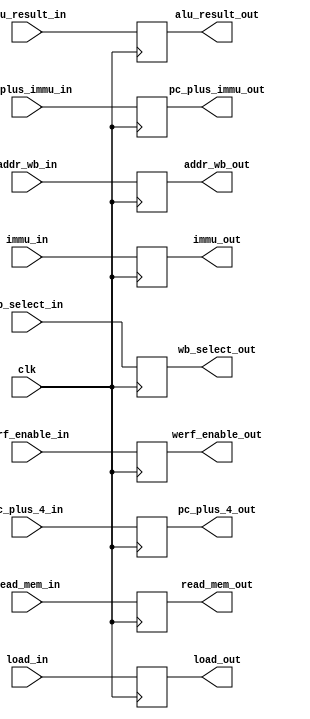
module pip_reg4(clk,addr_wb_in,werf_enable_in,pc_plus_4_in,immu_in,pc_plus_immu_in,read_mem_in,load_in,alu_result_in,wb_select_in,pc_plus_4_out,immu_out,pc_plus_immu_out,read_mem_out,load_out,alu_result_out,wb_select_out,addr_wb_out,werf_enable_out);

input [4:0] addr_wb_in;
input [31:0] pc_plus_4_in,immu_in,pc_plus_immu_in,read_mem_in,alu_result_in;
input load_in,clk,werf_enable_in;
input [1:0] wb_select_in;
output reg [31:0] pc_plus_4_out,immu_out,pc_plus_immu_out,read_mem_out,alu_result_out;
output reg load_out;
output reg [1:0] wb_select_out;
output reg [4:0] addr_wb_out;
output reg werf_enable_out;


always@(posedge clk)
begin

pc_plus_4_out		<=	pc_plus_4_in;
immu_out		<=	immu_in;
pc_plus_immu_out	<=	pc_plus_immu_in;
read_mem_out		<=	read_mem_in;
alu_result_out		<=	alu_result_in;
load_out		<=	load_in;
wb_select_out		<=	wb_select_in;
addr_wb_out		<=	addr_wb_in;
werf_enable_out		<=	werf_enable_in;
end


endmodule